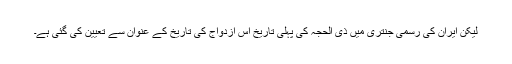
لیکن ایران کی رسمی جنتری میں ذی الحجہ کی پہلی تاریخ اس ازدواج کی تاریخ کے عنوان سے تعیین کی گئی ہے۔